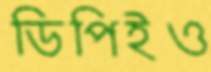
ডিপিইও